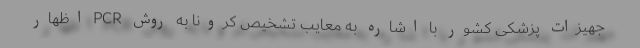
جهیزات پزشکی کشور با اشاره به معایب تشخیص کرونا به روش ‌PCR اظهار